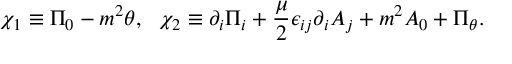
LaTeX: \chi _ { 1 } \equiv \Pi _ { 0 } - m ^ { 2 } \theta , ~ ~ \chi _ { 2 } \equiv \partial _ { i } \Pi _ { i } + { \frac { \mu } { 2 } } \epsilon _ { i j } \partial _ { i } A _ { j } + m ^ { 2 } A _ { 0 } + \Pi _ { \theta } .